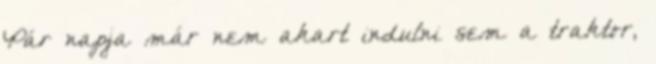
Pár napja már nem akart indulni sem a traktor,